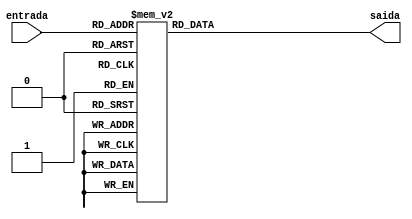
module decodificador(entrada, saida);
	input [2:0] entrada;
	output reg [6:0] saida;
	always @(*)
	// configurando display de 7 segmentos
		begin
			case(entrada)
				3'b000 : saida = 7'b1000000;
				3'b001 : saida = 7'b1111001;
				3'b010 : saida = 7'b0100100;
				3'b011 : saida = 7'b0110000;
				3'b100 : saida = 7'b0011001;
				3'b101 : saida = 7'b0010010;
				3'b110 : saida = 7'b0000010;
				3'b111 : saida = 7'b1111000;
				default : saida = 7'b0111111;
			endcase
	end
endmodule